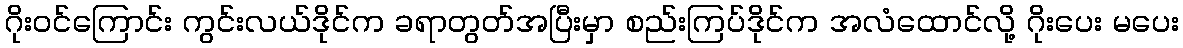
ဂိုးဝင်ကြောင်း ကွင်းလယ်ဒိုင်က ခရာတွတ်အပြီးမှာ စည်းကြပ်ဒိုင်က အလံထောင်လို့ ဂိုးပေး မပေး